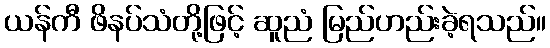
ယန်ကီ ဖိနပ်သံတို့ဖြင့် ဆူညံ မြည်ဟည်းခဲ့ရသည်။